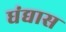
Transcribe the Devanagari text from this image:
धंद्यास